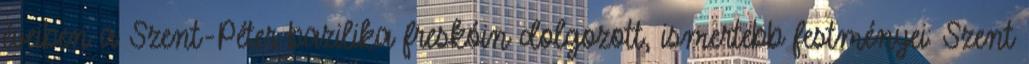
éveiben a Szent-Péter bazilika freskóin dolgozott, ismertebb festményei: Szent